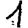
Digit: 1